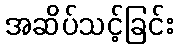
အဆိပ်သင့်ခြင်း